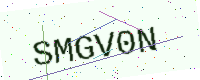
Text: SMGV0N